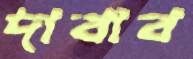
দাবাব